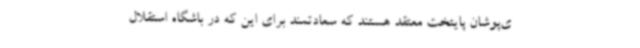
ی‌پوشان پایتخت معتقد هستند که سعادتمند برای این که در باشگاه استقلال